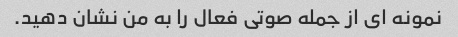
نمونه ای از جمله صوتی فعال را به من نشان دهید.